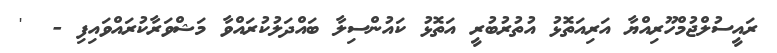
ރައީސުލްޖުމްހޫރިއްޔާ އަރިއަތޮޅު އުތުރުބުރީ އަތޮޅު ކައުންސިލާ ބައްދަލުކުރައްވާ މަޝްވަރާކުރައްވައިފި -  '